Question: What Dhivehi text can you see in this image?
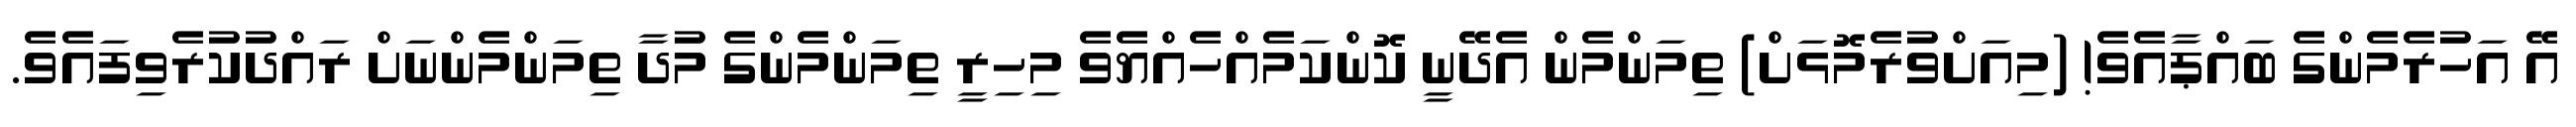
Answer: އޭ އަހުރެމެންގެ ބައްޕާއެވެ! (މިއަށްވުރެމޮޅަށް) ތިމަންމެން އެދޭނީ ކޮންކަމެއްހެއްޔެވެ މިހިރީ ތިމަންމެންގެ މުދާ ތިމަންމެންނަށް ރައްދުކުރެވިފައެވެ.